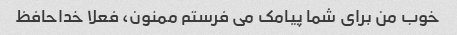
خوب من برای شما پیامک می فرستم ممنون، فعلا خداحافظ